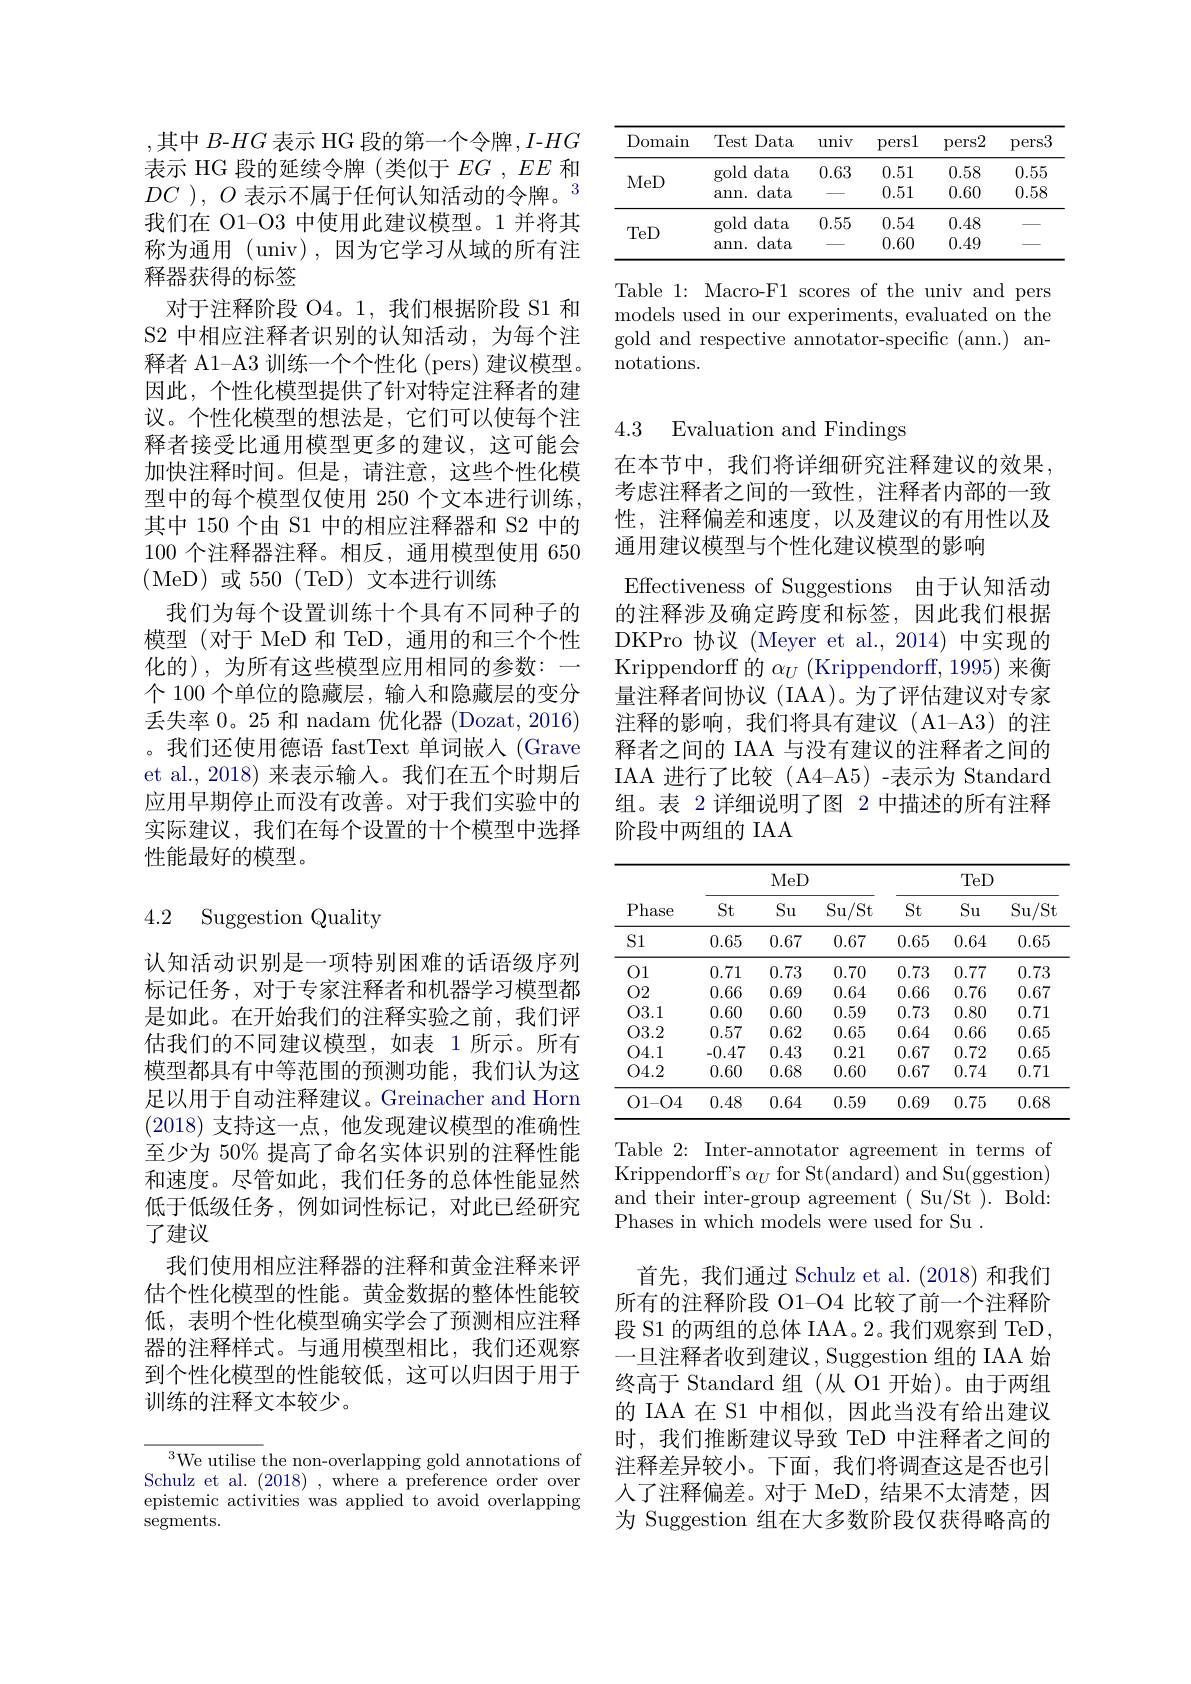
,其中 $B$-$HG$ 表示 HG 段的第一个令牌$,I$-$HG$ 表示 HG 段的延续令牌 (类似于$EG,EE$和$DC$ ), $O$ $\text{表 示 不 属 于 任 何 认 知 活 动 的 令 牌 。}^{3}$ 我们在 O1-O3 中使用此建议模型。1 并将其称为通用 (univ),因为它学习从域的所有注释器获得的标签
对于注释阶段 O4。1,我们根据阶段 S1 和S2 中相应注释者识别的认知活动，为每个注释 者 A1- A3 训 练 一 个 个 性 化 ( pers) 建 议 模 型 。因此，个性化模型提供了针对特定注释者的建议。个性化模型的想法是，它们可以使每个注释者接受比通用模型更多的建议，这可能会加快注释时间。但是，请注意，这些个性化模型中的每个模型仅使用 250 个文本进行训练， 其中 150 个由 S1 中的相应注释器和 S2 中的100 个注释器注释。相反，通用模型使用 650 (MeD)或 550(TeD)文本进行训练
我们为每个设置训练十个具有不同种子的模型(对于 MeD 和 TeD, 通用的和三个个性化的),为所有这些模型应用相同的参数：
个 100 个单位的隐藏层，输入和隐藏层的变分丢失率 0。25 和 nadam 优化器 (Dozat, 2016) 。我们还使用德语 fastText 单词嵌入 (Grave et al., 2018) 来表示输入。我们在五个时期后应用早期停止而没有改善。对于我们实验中的实际建议，我们在每个设置的十个模型中选择性能最好的模型。

### 4.2 Suggestion Quality

认知活动识别是一项特别困难的话语级序列标记任务，对于专家注释者和机器学习模型都是如此。在开始我们的注释实验之前，我们评估我们的不同建议模型，如表 1 所示。所有模型都具有中等范围的预测功能，我们认为这足以用于自动注释建议。Greinacher and Horn (2018) 支持这一点，他发现建议模型的准确性至少为 50% 提高了命名实体识别的注释性能和速度。尽管如此，我们任务的总体性能显然低于低级任务，例如词性标记，对此已经研究了建议
我们使用相应注释器的注释和黄金注释来评估个性化模型的性能。黄金数据的整体性能较低，表明个性化模型确实学会了预测相应注释器的注释样式。与通用模型相比，我们还观察到个性化模型的性能较低，这可以归因于用于训练的注释文本较少。

${\overline{{^3}\text{We utilise t}}}$he non-overlapping gold annotations of Schulz et al. (2018) , where a preference order over epistemic activities was applied to avoid overlapping segments.

<table>
	<tbody>
		<tr>
			<th>Domain</th>
			<th>Test Data</th>
			<th>univ</th>
			<th>persl</th>
			<th>pers2</th>
			<th>pers3</th>
		</tr>
		<tr>
			<td rowspan="2">MeD</td>
			<td>data gold</td>
			<td>0.63</td>
			<td>0.51</td>
			<td>0.58</td>
			<td>0.55</td>
		</tr>
		<tr>
			<td>data $\operatorname{amn}.$</td>
			<td> </td>
			<td>0.51</td>
			<td>0.60</td>
			<td>0.58</td>
		</tr>
		<tr>
			<td rowspan="2">TeD</td>
			<td>data gold</td>
			<td>0.55</td>
			<td>0.54</td>
			<td>0.48</td>
			<td> </td>
		</tr>
		<tr>
			<td>data ann.</td>
			<td> </td>
			<td>0.60</td>
			<td>0.49</td>
			<td> </td>
		</tr>
	</tbody>
</table>

Table 1: Macro-F1 scores of the univ and pers models used in our experiments, evaluated on the gold and respective annotator-specific (ann.) annotations.

4.3 Evaluation and Findings

在本节中，我们将详细研究注释建议的效果， 考虑注释者之间的一致性，注释者内部的一致性，注释偏差和速度，以及建议的有用性以及通用建议模型与个性化建议模型的影响
Effectiveness of Suggestions 由于认知活动的注释涉及确定跨度和标签，因此我们根据DKPro 协议 (Meyer et al.,2014) 中实现的Krippendorff 的$\alpha _U$( Krippendorff, 1995) 来 衡 量注释者间协议(IAA)。为了评估建议对专家注释的影响，我们将具有建议(A1-A3)的注释者之间的 IAA 与没有建议的注释者之间的IAA 进行了比较(A4-A5)-表示为 Standard 组。表 2 详细说明了图 2 中描述的所有注释阶段中两组的 IAA

<table>
	<tbody>
		<tr>
			<th rowspan="2">Phase</th>
			<th colspan="3">MeD</th>
			<th colspan="3">TeD</th>
		</tr>
		<tr>
			<th>$St$</th>
			<th>Su</th>
			<th>$\operatorname{Su/St}$</th>
			<th>$St$</th>
			<th>Su</th>
			<th>$\operatorname{Su/St}$</th>
		</tr>
		<tr>
			<td>S1</td>
			<td>0.65</td>
			<td>0.67</td>
			<td>0.67</td>
			<td>0.65</td>
			<td>0.64</td>
			<td>0.65</td>
		</tr>
		<tr>
			<td>01</td>
			<td>0.71</td>
			<td>0.73</td>
			<td>0.70</td>
			<td>0.73</td>
			<td>0.77</td>
			<td>0.73</td>
		</tr>
		<tr>
			<td>02</td>
			<td>0.66</td>
			<td>0.69</td>
			<td>0.64</td>
			<td>0.66</td>
			<td>0.76</td>
			<td>0.67</td>
		</tr>
		<tr>
			<td>03.1</td>
			<td>0.60</td>
			<td>0.60</td>
			<td>0.59</td>
			<td>0.73</td>
			<td>0.80</td>
			<td>0.71</td>
		</tr>
		<tr>
			<td>03.2</td>
			<td>0.57</td>
			<td>0.62</td>
			<td>0.65</td>
			<td>0.64</td>
			<td>0.66</td>
			<td>0.65</td>
		</tr>
		<tr>
			<td>04.1</td>
			<td>-0.47</td>
			<td>0.43</td>
			<td>0.21</td>
			<td>0.67</td>
			<td>0.72</td>
			<td>0.65</td>
		</tr>
		<tr>
			<td>04.2</td>
			<td>0.60</td>
			<td>0.68</td>
			<td>0.60</td>
			<td>0.67</td>
			<td>0.74</td>
			<td>0.71</td>
		</tr>
		<tr>
			<td>01-04</td>
			<td>0.48</td>
			<td>0.64</td>
			<td>0.59</td>
			<td>0.69</td>
			<td>0.75</td>
			<td>0.68</td>
		</tr>
	</tbody>
</table>

Table 2: Inter-annotator agreement in terms of Krippendorff's $\alpha_U$ for St(andard) and Su(ggestion) and their inter-group agreement (Su/St ).Bold: Phases in which models were used for Su .

首先，我们通过 Schulz et al.(2018)和我们所有的注释阶段 O1-O4 比较了前一个注释阶段 S1 的两组的总体 IAA。2。我们观察到 TeD, 一旦注释者收到建议，Suggestion 组的 IAA 始终高于 Standard 组(从 O1 开始)。由于两组的 IAA 在 S1 中相似，因此当没有给出建议时，我们推断建议导致 TeD 中注释者之间的注释差异较小。下面，我们将调查这是否也引人了注释偏差。对于 MeD,结果不太清楚，因为 Suggestion 组在大多数阶段仅获得略高的